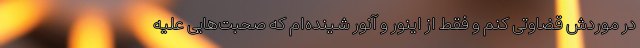
در موردش قضاوتی کنم و فقط از اینور و آنور شینده‌ام که صحبت‌هایی علیه